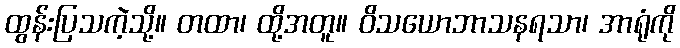
ထွန်းပြသကဲ့သို့။ တထာ၊ ထို့အတူ။ ဝိသယောဘာသနရသာ၊ အာရုံကို